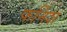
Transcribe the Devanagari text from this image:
फर्निश